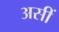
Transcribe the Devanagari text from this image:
असीं